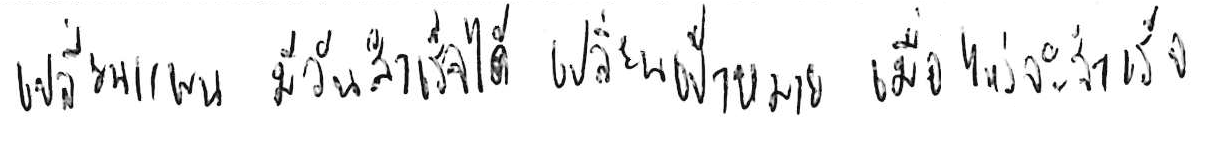
เปลี่ยนแผน มีวันสำเร็จได้ เปลี่ยนเป้าหมาย เมื่อไหร่จะสำเร็จ